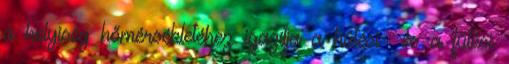
a helyiség hőmérsékletéhez igazítja a hűtési- és a fűtési